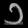
Digit: ၁